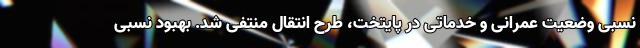
نسبی وضعیت عمرانی و خدماتی در پایتخت، طرح انتقال منتفی شد. بهبود نسبی